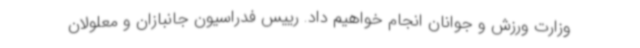
وزارت ورزش و جوانان انجام خواهیم داد. رییس فدراسیون جانبازان و معلولان